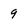
Character: 9